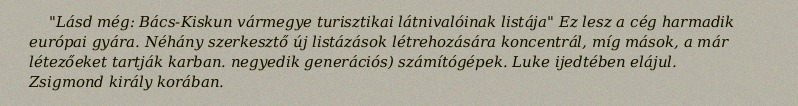
"Lásd még: Bács-Kiskun vármegye turisztikai látnivalóinak listája" Ez lesz a cég harmadik európai gyára. Néhány szerkesztő új listázások létrehozására koncentrál, míg mások, a már létezőeket tartják karban. negyedik generációs) számítógépek. Luke ijedtében elájul. Zsigmond király korában.